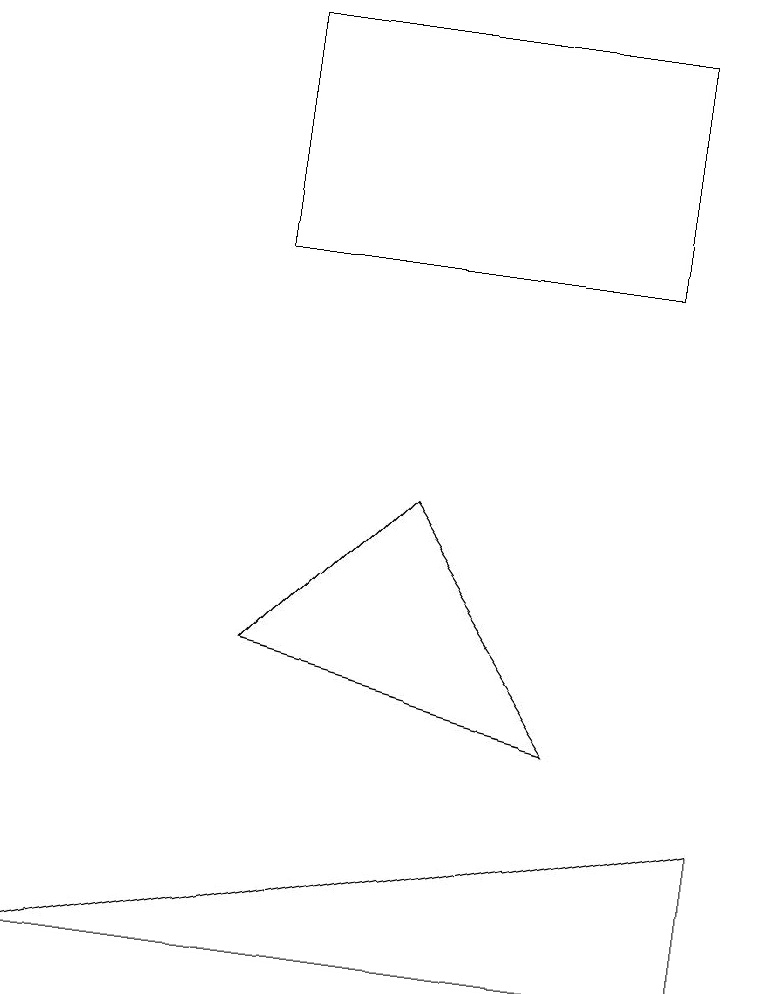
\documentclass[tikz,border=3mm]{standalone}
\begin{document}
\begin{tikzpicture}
\draw (8,11) rectangle (3,14);
\draw (3,6) -- (5,8) -- (7,5) -- cycle;
\draw (0,2) -- (9,4) -- (9,2) -- cycle;
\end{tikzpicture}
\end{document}